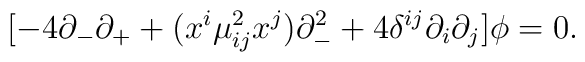
[- 4 \partial_- \partial_+ + (x^i \mu^2_{ij} x^j) \partial_-^2  + 4\delta^{ij} \partial_i  \partial_j ]\phi =0.